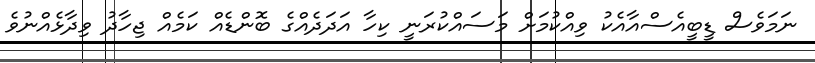
ނަމަވެސް ޑީބީއެސްއާއެކު ވިއްކުމަށް މަސައްކުރަނީ ކިހާ އަދަދެއްގެ ބޮންޑެއް ކަމެއް ޖިހާދު ވިދާޅެއްނުވެ